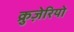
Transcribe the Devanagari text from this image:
क्रुज़ेरियो